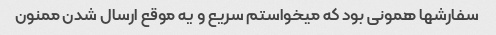
سفارشها همونی بود که میخواستم سریع و یه موقع ارسال شدن ممنون